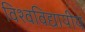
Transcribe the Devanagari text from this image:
विश्वविद्यायीय